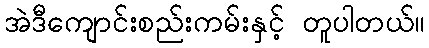
အဲဒီကျောင်းစည်းကမ်းနှင့် တူပါတယ်။